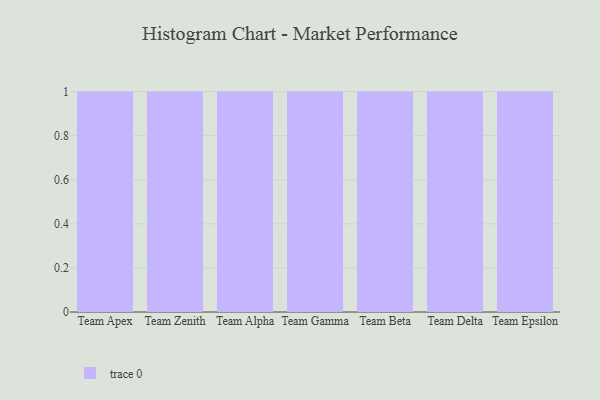
{"axis": {"x": "Team", "y": "Temperature (°C)"}, "legend": [""], "data": [{"x": "Team Apex", "y": 24, "type": ""}, {"x": "Team Zenith", "y": 18, "type": ""}, {"x": "Team Alpha", "y": 94, "type": ""}, {"x": "Team Gamma", "y": 94, "type": ""}, {"x": "Team Beta", "y": 46, "type": ""}, {"x": "Team Delta", "y": 52, "type": ""}, {"x": "Team Epsilon", "y": 19, "type": ""}]}